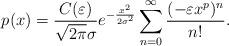
LaTeX: \begin{align*}p(x)=\frac{C(\varepsilon)}{\sqrt{2\pi} \sigma} e^{-\frac{x^{2}}{2 \sigma^{2}}} \sum_{n=0}^{\infty} \frac{(-\varepsilon x^{p})^{n}}{n!}. \end{align*}